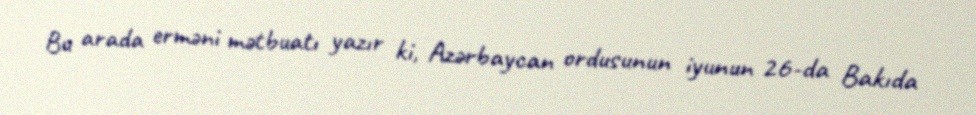
Bu arada erməni mətbuatı yazır ki, Azərbaycan ordusunun iyunun 26-da Bakıda